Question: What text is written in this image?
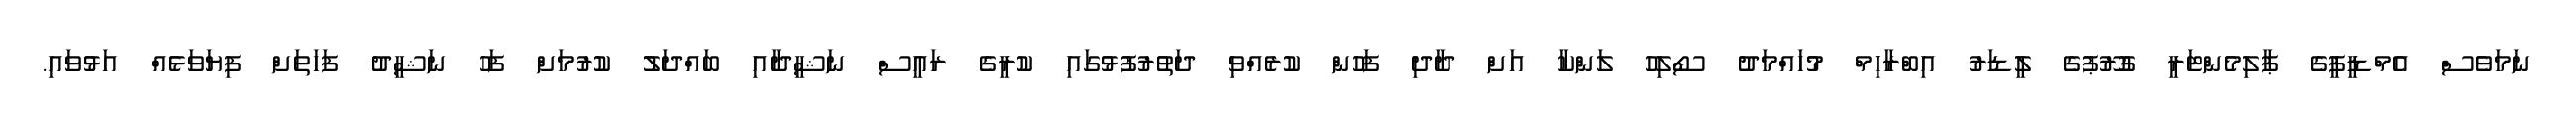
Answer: ނަމަވެސް އެމްޑީޕީގެ ޕާލިމެންޓަރީ ގުރޫޕުގެ ލީޑަރު އިބްރާހިމް މުހައްމަދު ސޯލިހު ލަންކާ އަށް ދާދި ފަހުން ކުރެއްވި ދަތުރުފުޅުގައި ކުރީގެ ރައީސް ނަޝީދާއި ބައްދަލު ކުރުމަށް ފަހު ނަޝީދު ފަހަތަށް ފިޔަވަޅެއް އަޅުވައި.